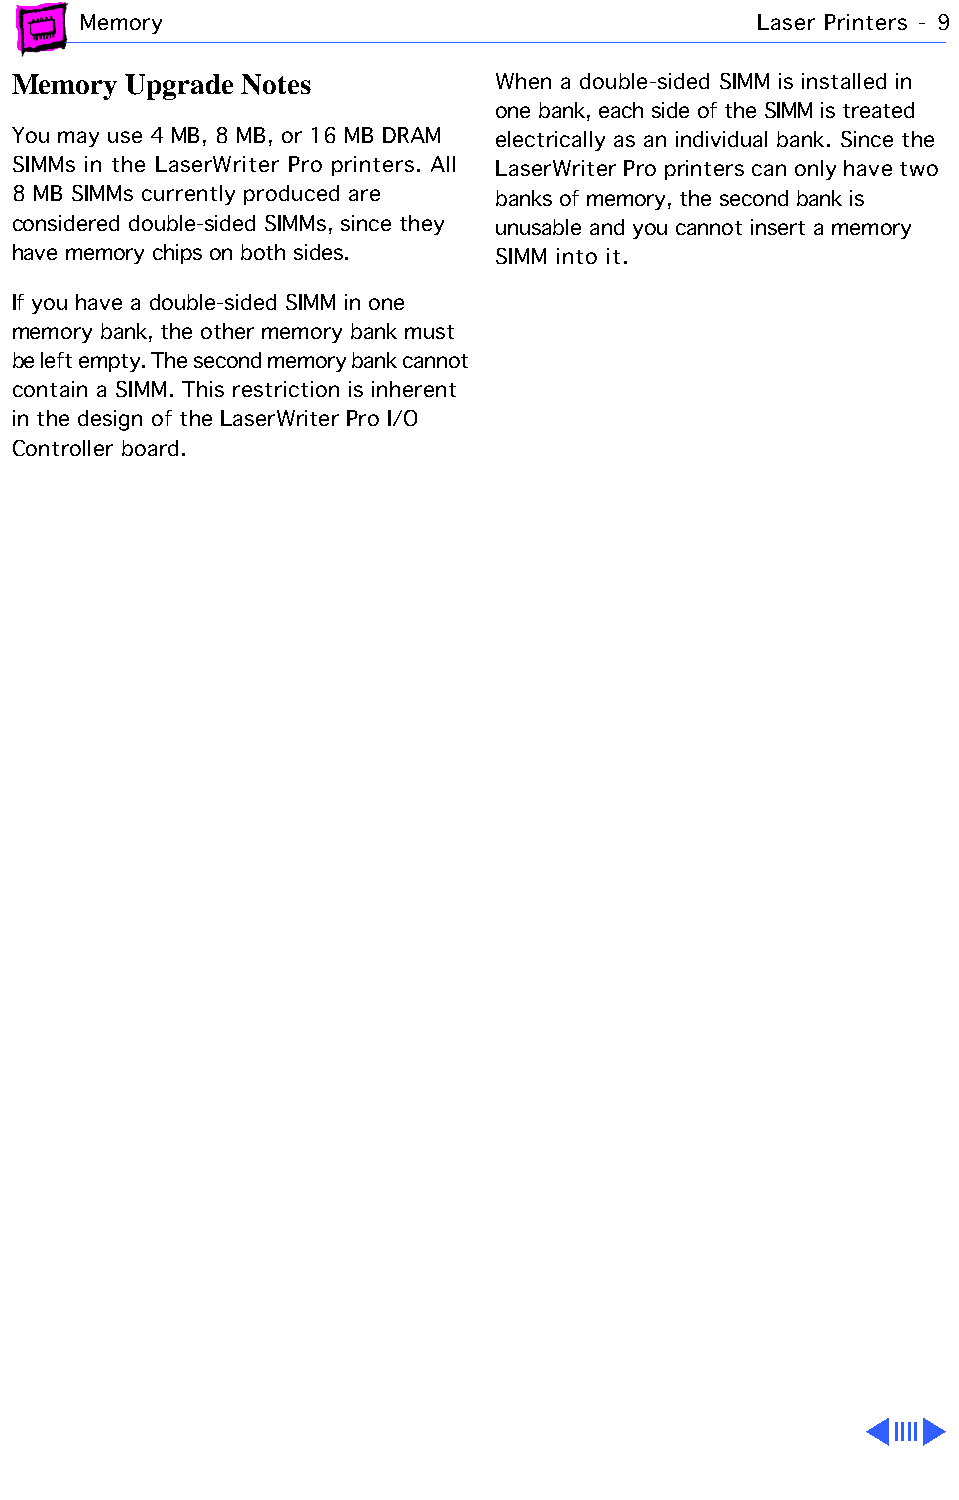
Memory                                       Laser Printers - 9
 Memory  Upgrade Notes           When a double-sided SIMM is installed in
 one bank, each side of the SIMM is treated
 You may use 4 MB, 8 MB, or 16 MB DRAM electrically as an individual bank. Since the
 SIMMs in the LaserWriter Pro printers. All LaserWriter Pro printers can only have two
 8 MB SIMMs currently produced are banks of memory, the second bank is
 considered double-sided SIMMs, since they unusable and you cannot insert a memory
 have memory chips on both sides. SIMM into it.
 If you have a double-sided SIMM in one
 memory bank, the other memory bank must
 be left empty. The second memory bank cannot
 contain a SIMM. This restriction is inherent
 in the design of the LaserWriter Pro I/O
 Controller board.